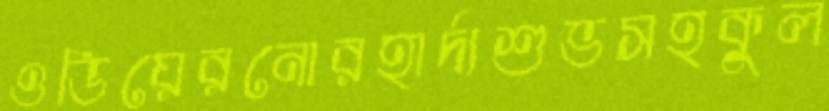
ওডিয়েরনোরহার্দ্যশুভসহকুল